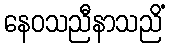
နေဝသညီနာသညိံ